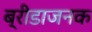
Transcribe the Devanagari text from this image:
ब्रीडाजनक